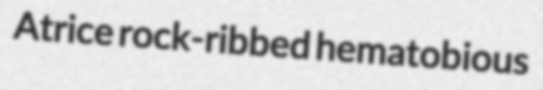
Atrice rock-ribbed hematobious